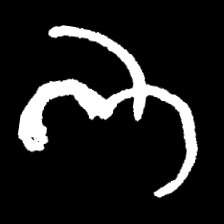
Pyu character \u2014 Myanmar letter: ဘ (romanized: bha)